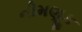
નીમણૂક